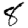
Digit: 8